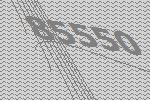
85550